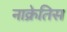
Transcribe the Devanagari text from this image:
नाक्रेतिस